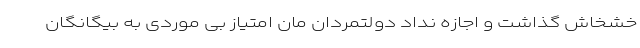
خشخاش گذاشت و اجازه نداد دولتمردان مان امتیاز بی موردی به بیگانگان